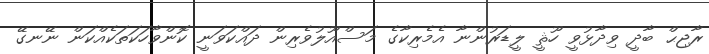
ރާޖިޙް ބާދީ ވިދާޅުވީ ހޫޘީ ލީޑަރުންނާ އެމެރިކާގެ މަސްއޫލުވެރިން ދައްކަވަނީ ކޮންވާހަކަތަކެއްކަން ނޭނގޭ